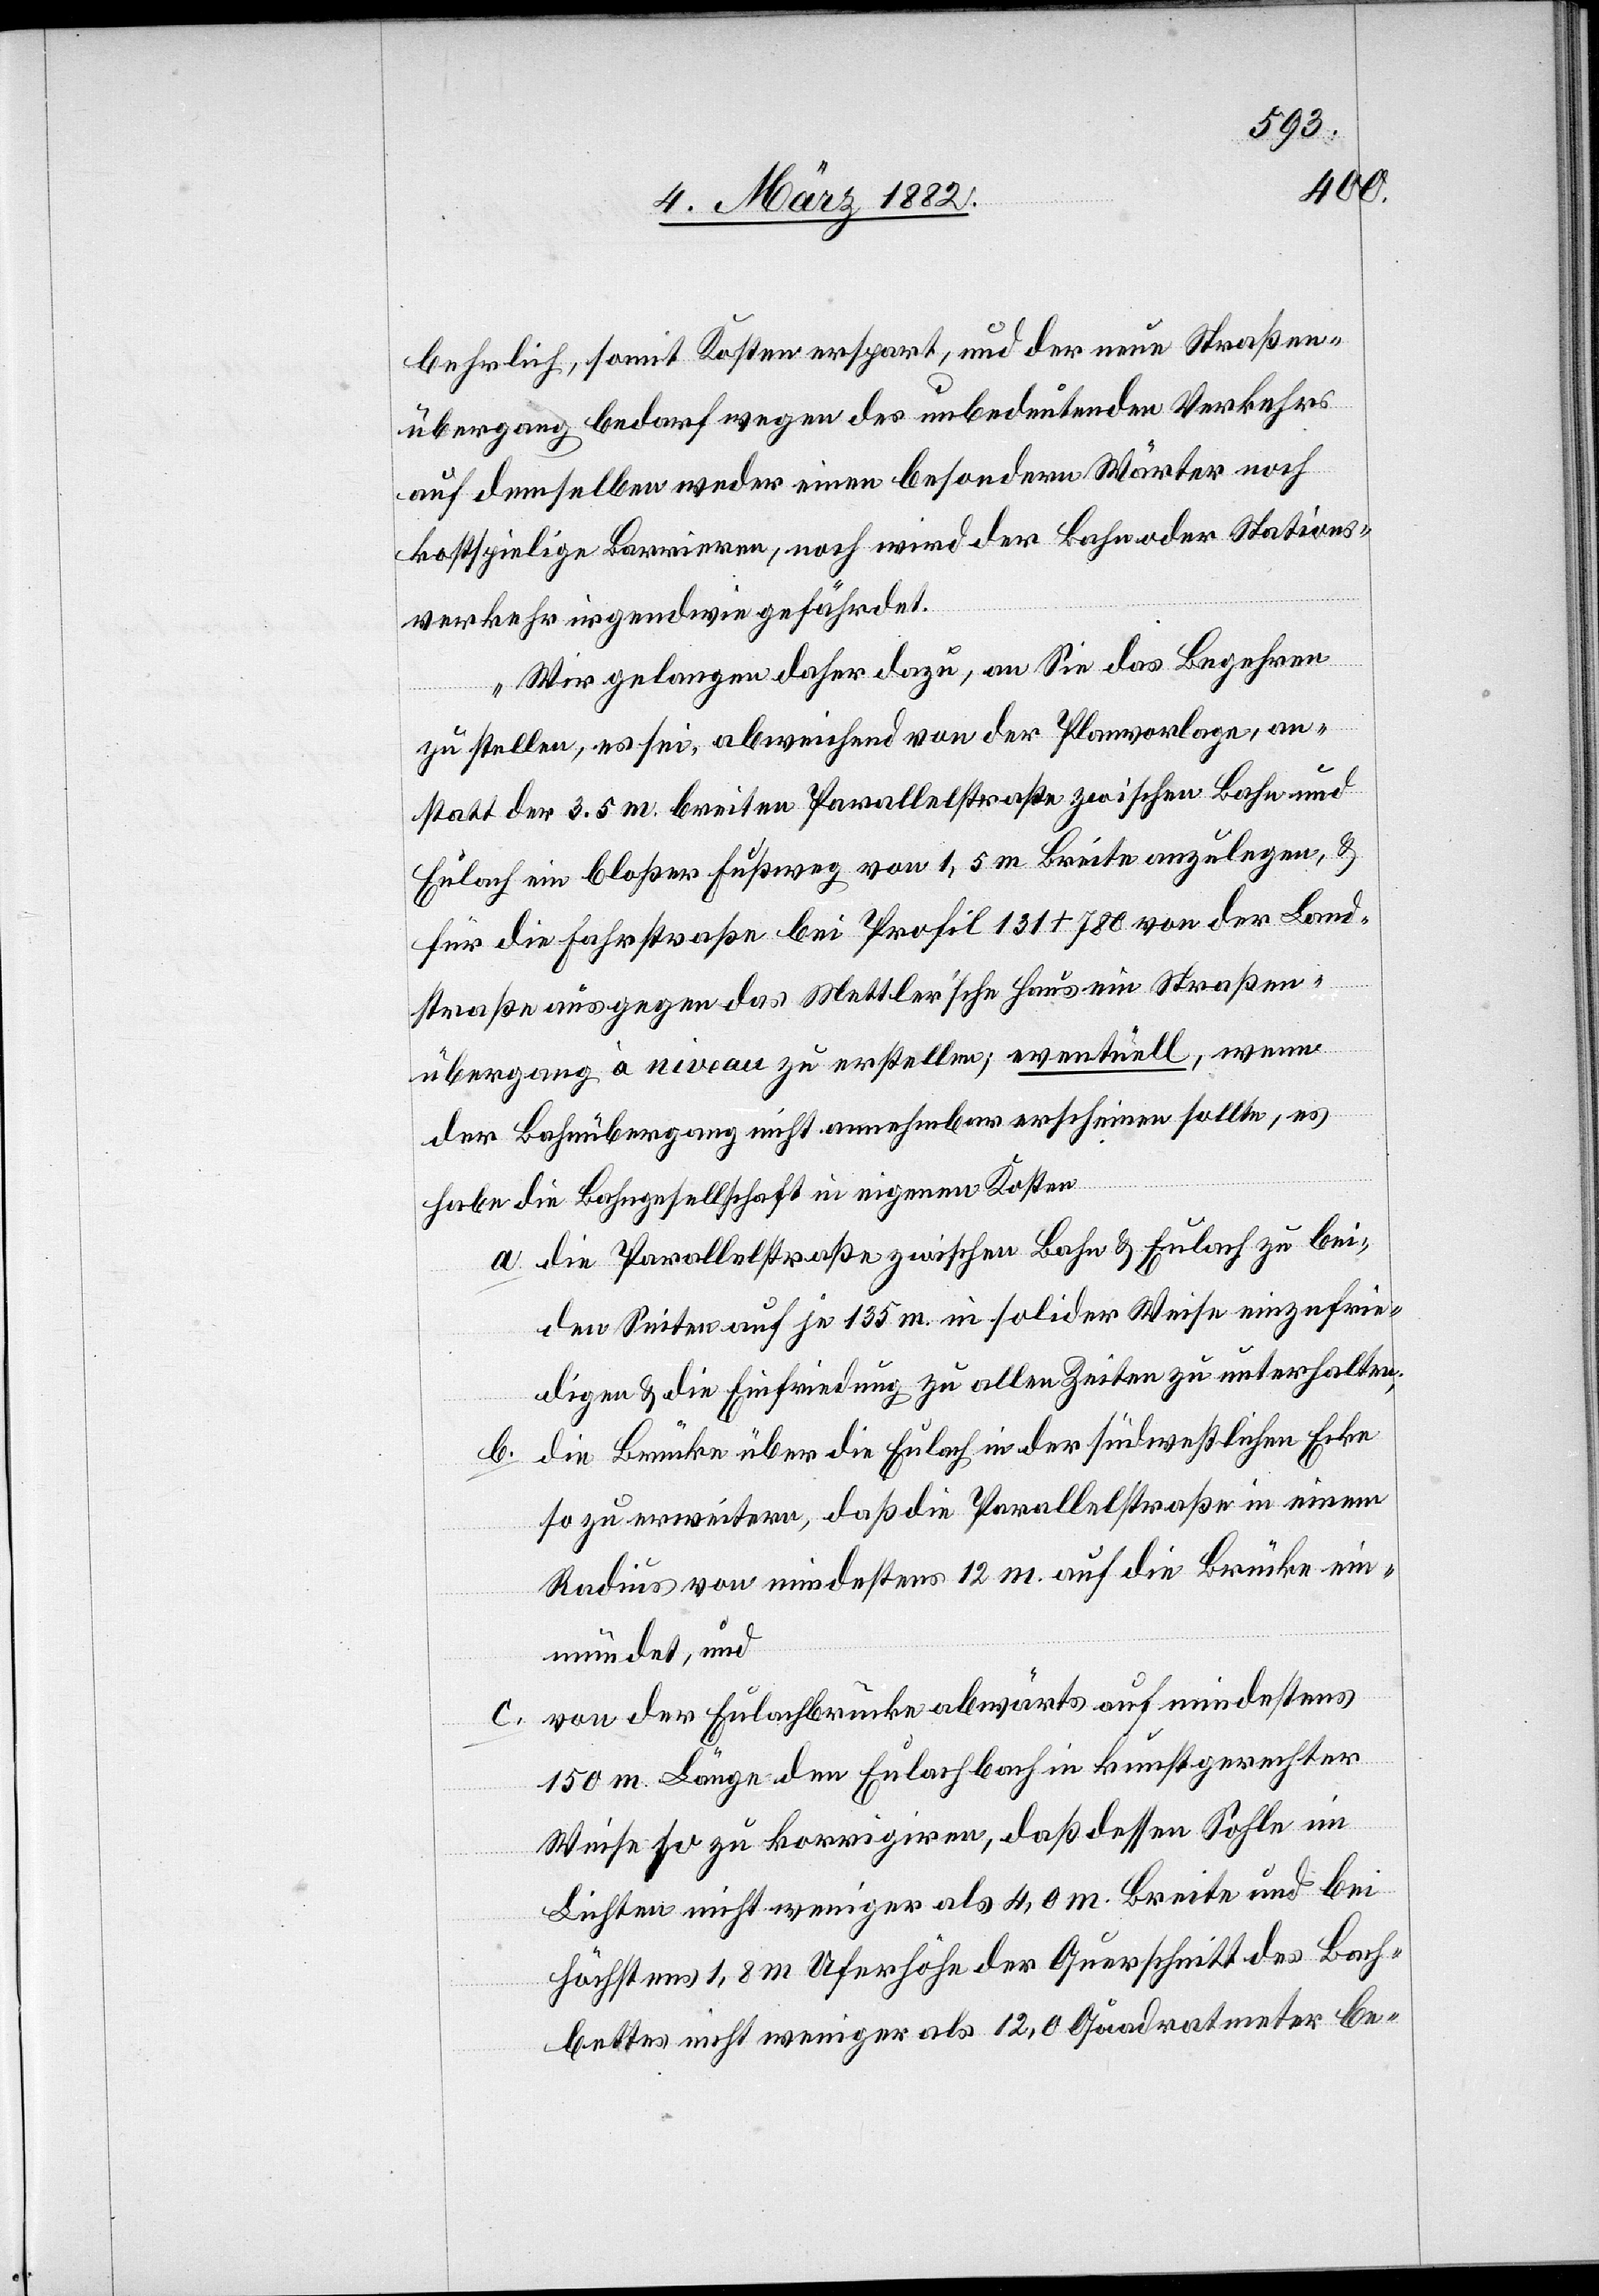
behrlich, somit Kosten erspart, und der neue Straßen¬
übergang bedarf wegen des unbedeutenden Verkehrs
auf demselben weder einen besonderen Wärter noch
kostspielige Barrieren, noch wird der Bahn der Stations¬
verkehr irgendwie gefährdet.
Wir gelangen daher dazu, an Sie das Begehren
zu stellen, es sei, abweichend von der Planvorlage, an¬
statt der 3.5m breiten Parallelstraße zwischen Bahn und
Eulach ein bloßer Fußweg von 1,5m Breite anzulegen, &
für die Fahrstraße bei Profil 131 + 780 von der Land¬
straße aus gegen das Mettler’sche Haus ein Straßen¬
übergang à niveau zu erstellen; eventuell, wenn
der Bahnübergang nicht annehmbar erscheinen sollte, es
habe die Bahngesellschaft in eigenen Kosten
a. die Parallelstraße zwischen Bahn & Eulach zu bei¬
den Seiten auf je 135m in solider Weise einzufrie¬
digen & die Einfriedung zu allen Zeiten zu unterhalten;
die Brücke über die Eulach in der südwestlichen Ecke
so zu erweitern, daß die Parallelstraße in einem
Radius von mindestens 12m auf die Brücke ein¬
mündet, und
von der Eulachbrücke abwärts auf mindesten
b.
150m. Länge den Eulachbach in kunstgerechter
Weise so zu korrigieren, daß dessen Sohle im
Lichten nicht weniger als 4,0m. Breite und bei
höchstens 1,8m Uferhöhe der Querschnitt des Bach¬
bettes nicht weniger als 12,0 Quadratmeter be-